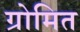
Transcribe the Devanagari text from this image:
ग्रोमित